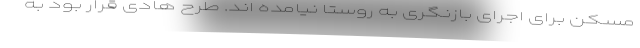
مسکن برای اجرای بازنگری به روستا نیامده اند. طرح هادی قرار بود به